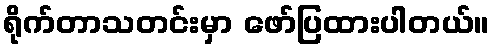
ရိုက်တာသတင်းမှာ ဖော်ပြထားပါတယ်။